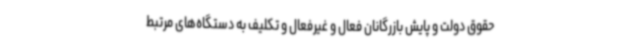
حقوق دولت و پایش بازرگانان فعال و غیرفعال و تکلیف به دستگاه‌های مرتبط